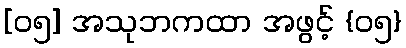
[၀၅] အသုဘကထာ အဖွင့် {၀၅}